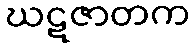
ဃဋဇာတက